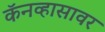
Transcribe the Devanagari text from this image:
कॅनव्हासावर